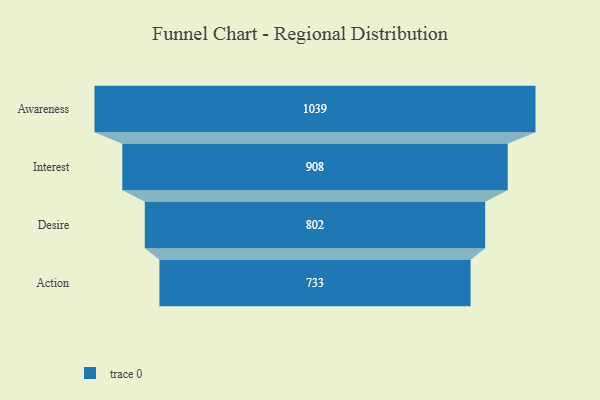
{"axis": {"x": "Stage", "y": "Value"}, "legend": [""], "data": [{"x": "Awareness", "y": 1039.0, "type": ""}, {"x": "Interest", "y": 908.0, "type": ""}, {"x": "Desire", "y": 802.0, "type": ""}, {"x": "Action", "y": 733.0, "type": ""}]}